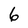
Character: 6